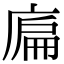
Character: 𢉞